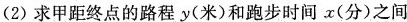
(2)求甲距终点的路程y(米)和跑步时间x(分)之间